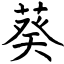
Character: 葵